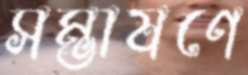
সম্ভাষণে